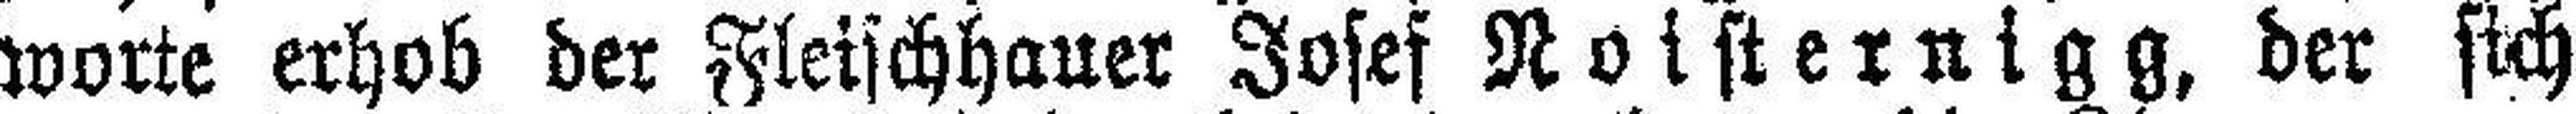
worte erhob der Fleischhauer Josef Roisternigg, der sich